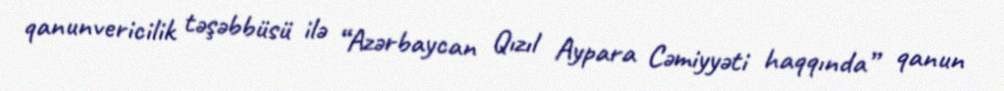
qanunvericilik təşəbbüsü ilə “Azərbaycan Qızıl Aypara Cəmiyyəti haqqında” qanun